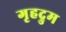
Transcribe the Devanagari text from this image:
गृहद्रुम